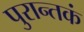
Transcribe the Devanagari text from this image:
पुरान्तकं